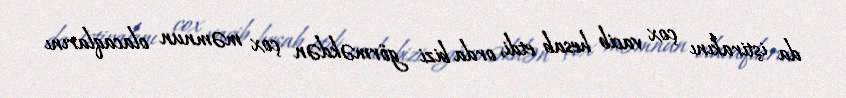
da iştirakını çox vacib hesab etdi, orda bizi görməkdən çox məmnun olacaqlarını